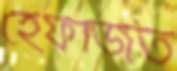
হেফাজত